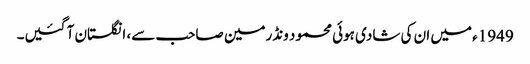
1949ء میں ان کی شادی ہوئی محمود ونڈرمین صاحب سے، انگلستان آ گئیں۔